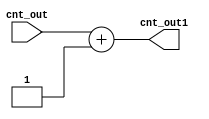
module pcadder#(parameter AWIDTH=32)
(input [AWIDTH-1:0] cnt_out,
output [AWIDTH-1:0] cnt_out1);
assign  cnt_out1=cnt_out+1;
endmodule